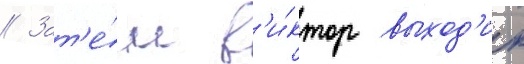
// Зат'е́м в'и́ктор выход'ит